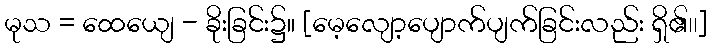
မုသ = ထေယျေ - ခိုးခြင်း၌။ [မေ့လျော့ပျောက်ပျက်ခြင်းလည်း ရှိ၏၊၊]